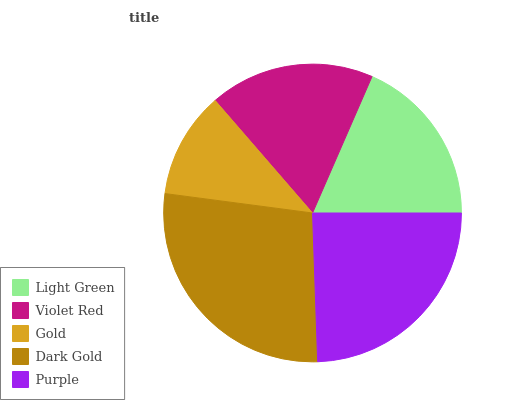
| Light Green | Violet Red | Gold | Dark Gold | Purple |
 | --- | --- | --- | --- | --- |
 | 18.5% | 17.8% | 11.6% | 27.7% | 24.5% |